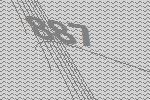
887